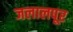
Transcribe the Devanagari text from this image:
जलालपूर